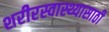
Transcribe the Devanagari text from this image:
शरीरस्वास्थ्यासाठी